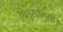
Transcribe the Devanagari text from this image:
पितुरधोमुखी।